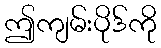
ဤကျမ်းပိုဒ်ကို